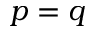
p = q